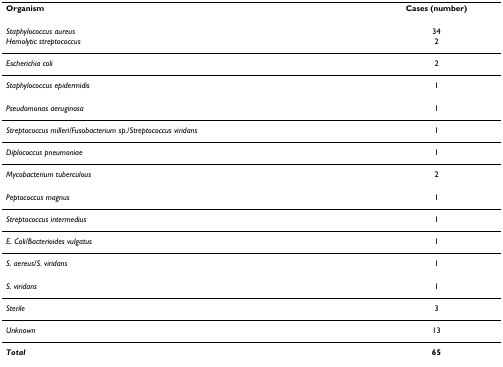
<table><thead><tr><td><b>Organism</b></td><td><b>Cases (number)</b></td></tr></thead><tbody><tr><td><i>Staphylococcus aureus</i></td><td>34</td></tr><tr><td><i>Hemolytic streptococcus</i></td><td>2</td></tr><tr><td><i>Escherichia coli</i></td><td>2</td></tr><tr><td><i>Staphylococcus epidermidis</i></td><td>1</td></tr><tr><td><i>Pseudomonas aeruginosa</i></td><td>1</td></tr><tr><td><i>Streptococcus milleri/Fusobacterium sp./Streptococcus viridans</i></td><td>1</td></tr><tr><td><i>Diplococcus pneumoniae</i></td><td>1</td></tr><tr><td><i>Mycobacterium tuberculous</i></td><td>2</td></tr><tr><td><i>Peptococcus magnus</i></td><td>1</td></tr><tr><td><i>Streptococcus intermedius</i></td><td>1</td></tr><tr><td><i>E. Coli/Bacterioides vulgatus</i></td><td>1</td></tr><tr><td><i>S. aereus/S. viridans</i></td><td>1</td></tr><tr><td><i>S. viridans</i></td><td>1</td></tr><tr><td><i>Sterile</i></td><td>3</td></tr><tr><td><i>Unknown</i></td><td>13</td></tr><tr><td><b><i>Total</i></b></td><td><b>65</b></td></tr></tbody></table>